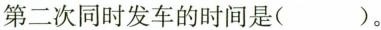
第二次同时发车的时间是( )。